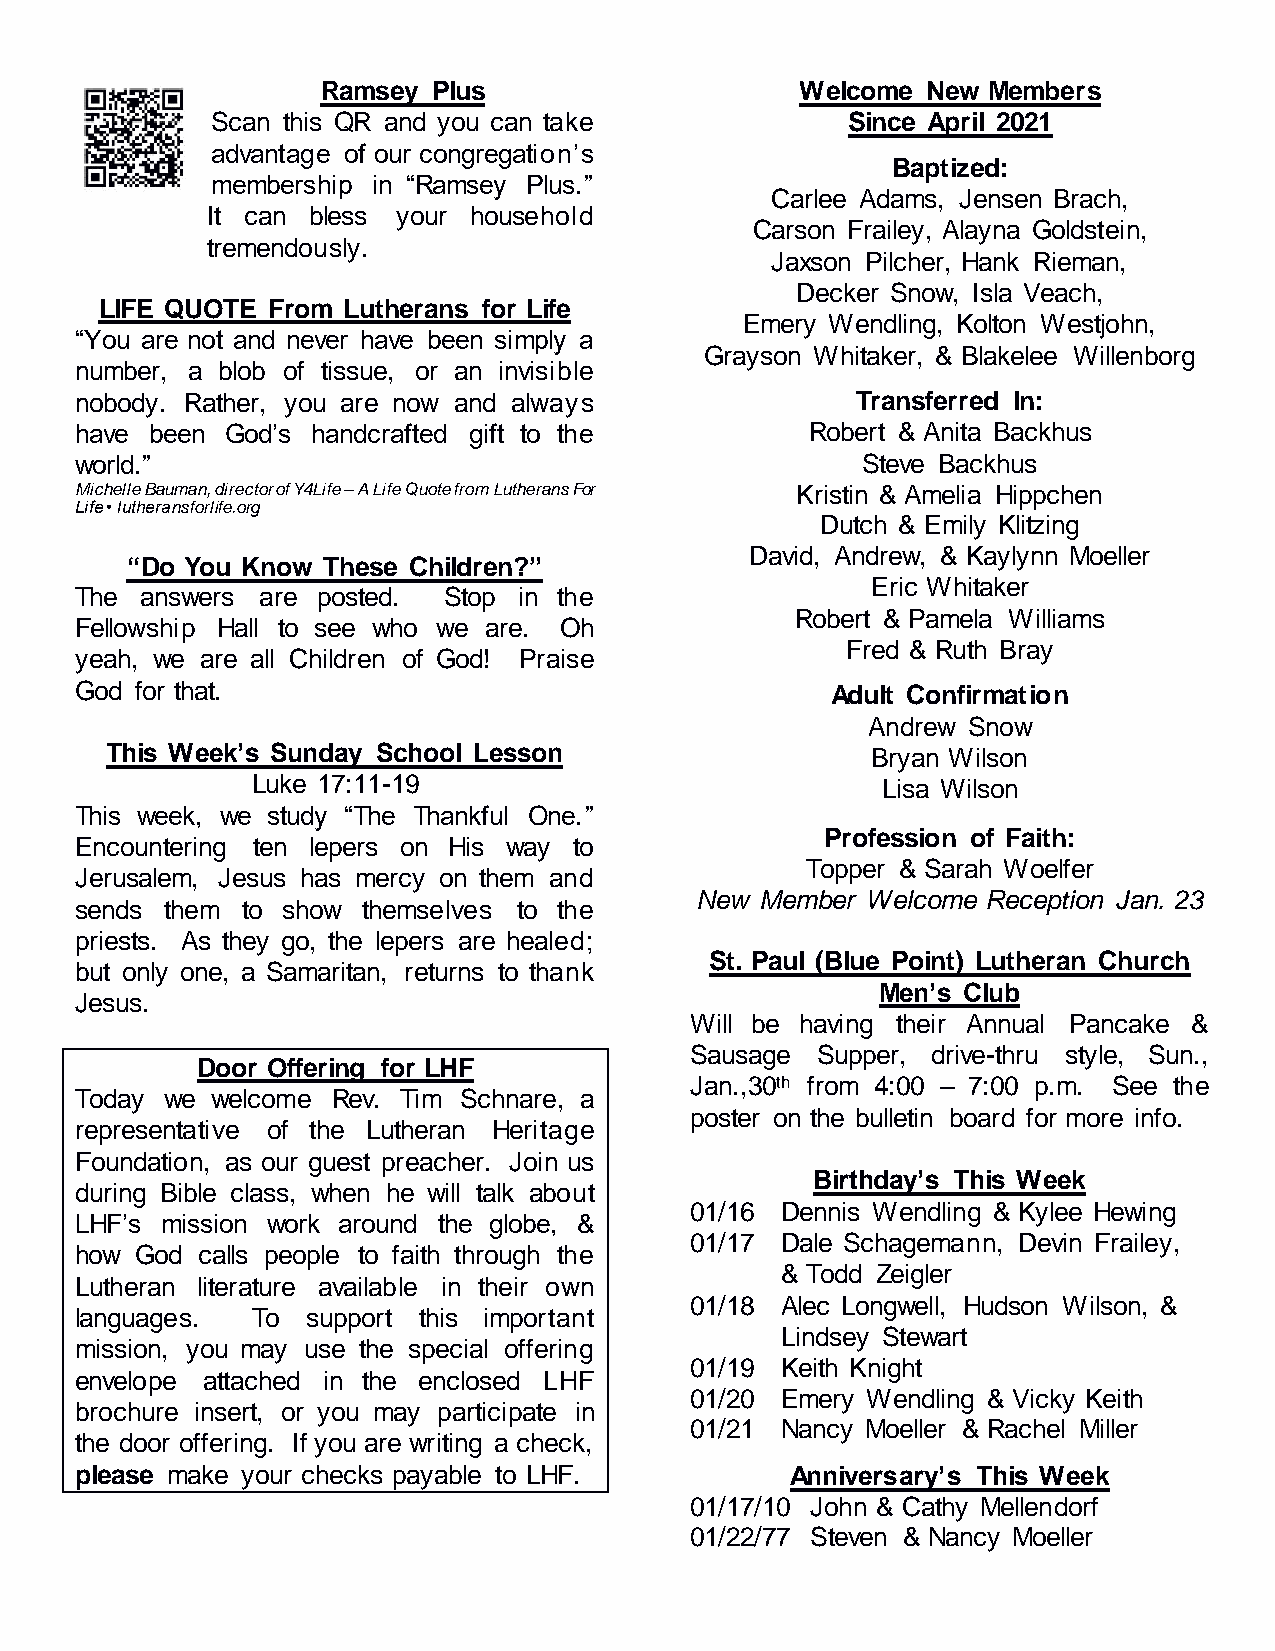
Ramsey  Plus                    Welcome New Members
 Scan this QR and you can take             Since April 2021
 advantage of our congregation’s
 Baptized:
 membership in “Ramsey Plus.”
 Carlee Adams, Jensen Brach,
 It can bless your household
 Carson Frailey, Alayna Goldstein,
 tremendously.
 Jaxson Pilcher, Hank Rieman,
 Decker Snow, Isla Veach,
 LIFE QUOTE From Lutherans for Life
 Emery Wendling, Kolton Westjohn,
 “You are not and never have been simply a
 Grayson Whitaker, & Blakelee Willenborg
 number, a blob of tissue, or an invisible
 nobody. Rather, you are now and always              Transferred In:
 have been God’s handcrafted gift to the          Robert & Anita Backhus
 world.”                                             Steve Backhus
 Michelle Bauman, director of Y4Life – A Life Quote from Lutherans For Kristin & Amelia Hippchen
 Life • lutheransforlife.org
 Dutch & Emily Klitzing
 David, Andrew, & Kaylynn Moeller
 “Do You Know These Children?”
 Eric Whitaker
 The answers are posted. Stop in the
 Robert & Pamela Williams
 Fellowship Hall to see who we are. Oh
 Fred & Ruth Bray
 yeah, we are all Children of God! Praise
 God for that.                                     Adult Confirmation
 Andrew Snow
 This Week’s Sunday School Lesson                   Bryan Wilson
 Luke 17:11-19                            Lisa Wilson
 This week, we study “The Thankful One.”
 Profession of Faith:
 Encountering ten lepers on His way to
 Topper & Sarah Woelfer
 Jerusalem, Jesus has mercy on them and
 New Member Welcome Reception Jan. 23
 sends them to show themselves to the
 priests. As they go, the lepers are healed;
 St. Paul (Blue Point) Lutheran Church
 but only one, a Samaritan, returns to thank
 Men’s Club
 Jesus.
 Will be having their Annual Pancake &
 Sausage Supper, drive-thru style, Sun.,
 Door Offering for LHF
 Jan.,30th from 4:00 – 7:00 p.m. See the
 Today we welcome Rev. Tim Schnare, a
 poster on the bulletin board for more info.
 representative of the Lutheran Heritage
 Foundation, as our guest preacher. Join us
 Birthday’s This Week
 during Bible class, when he will talk about
 01/16 Dennis Wendling & Kylee Hewing
 LHF’s mission work around the globe, &
 01/17 Dale Schagemann, Devin Frailey,
 how God calls people to faith through the
 & Todd Zeigler
 Lutheran literature available in their own
 01/18 Alec Longwell, Hudson Wilson, &
 languages.  To support this important
 Lindsey Stewart
 mission, you may use the special offering
 01/19 Keith Knight
 envelope attached in the enclosed LHF
 01/20 Emery Wendling & Vicky Keith
 brochure insert, or you may participate in
 01/21 Nancy Moeller & Rachel Miller
 the door offering. If you are writing a check,
 please make your checks payable to LHF.        Anniversary’s This Week
 01/17/10 John & Cathy Mellendorf
 01/22/77 Steven & Nancy Moeller